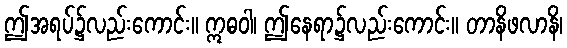
ဤအရပ်၌လည်းကောင်း။ ဣဓဝါ၊ ဤနေရာ၌လည်းကောင်း။ တာနိဖလာနိ၊